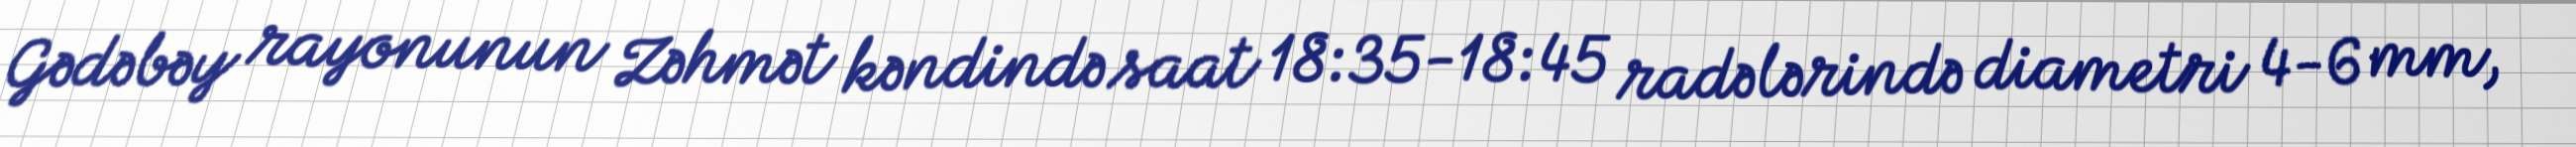
Gədəbəy rayonunun Zəhmət kəndində saat 18:35-18:45 radələrində diametri 4-6 mm,